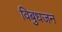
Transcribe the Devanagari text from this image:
विबुधजन